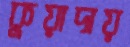
কুয়াদায়